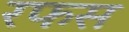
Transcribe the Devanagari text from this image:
रफस